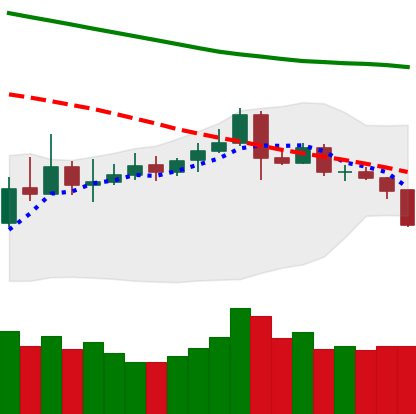
Ticker: ETC-USD
Chart end date: 2019-11-15
Forward return: -4.296%
Label: down_3_5